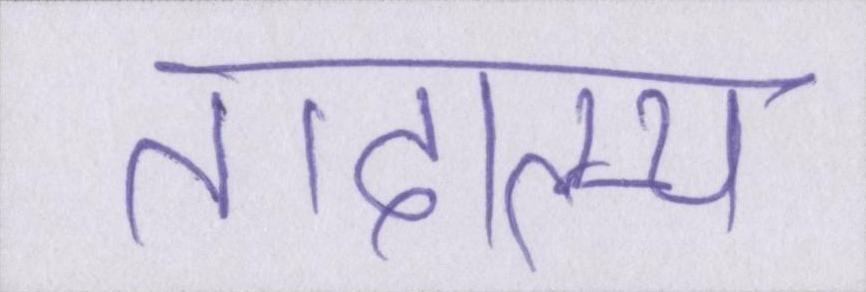
तादात्म्य